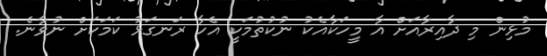
މުޅިން މި ދާއިރާއަށް އާ މީހަކާއެކު ނުކުތުމަކީ އެހާ ރަނގަޅު ކަމަކަށް ނުވާނެ.